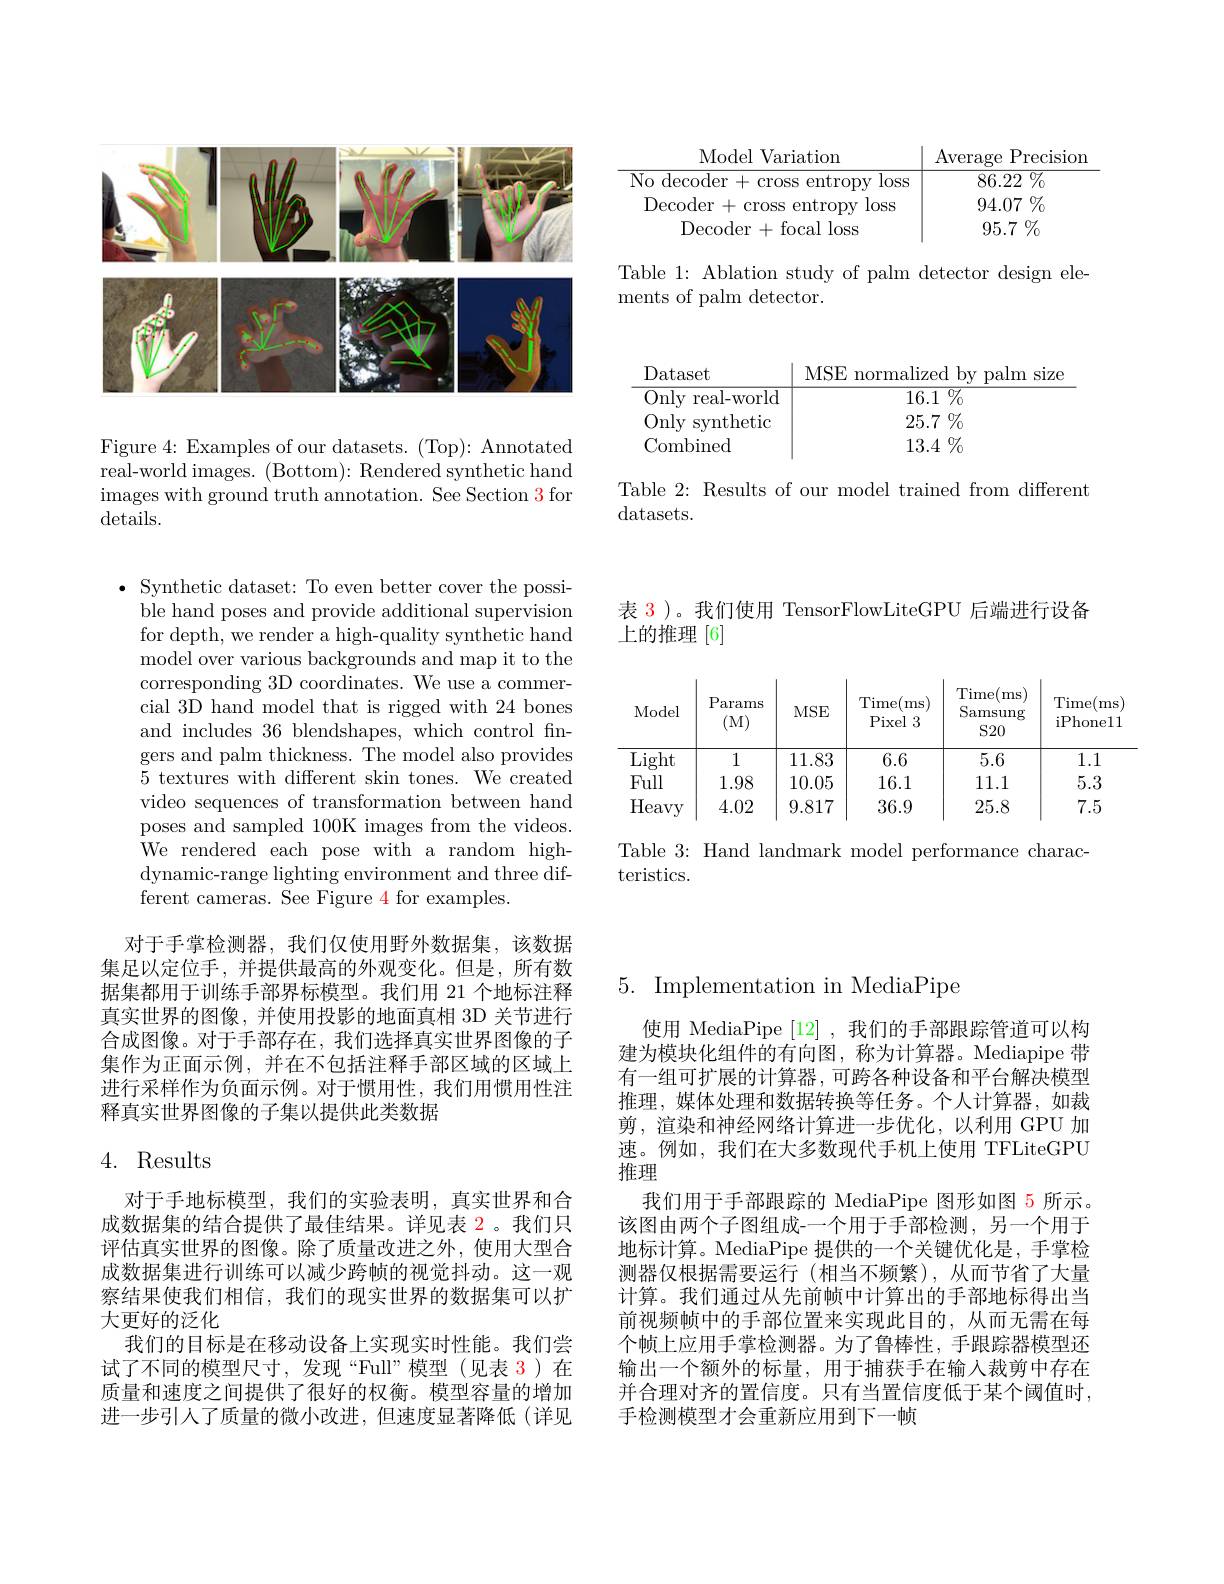
Model Variation
Average Precision
$\frac{\text{No decoder + cross entropy loss}}{\text{No decoder + cross entropy losss}}$
${\overline{86.22\:\%}}$ $94.07\%$
Decoder +cross entropy loss
$95.7\%$
${\mathrm{Decoder}}+{\mathrm{focal}}{\mathrm{~loss}}$

Table 1: Ablation study of palm detector design ele-
ments of palm detector.

<table>
	<tbody>
		<tr>
			<th>Dataset</th>
			<th>MSE E normalized by palm size</th>
		</tr>
		<tr>
			<td>Only real-world</td>
			<td>$\overline{16.1\%}$</td>
		</tr>
		<tr>
			<td>Only svnthetic</td>
			<td>25.7 $\%$</td>
		</tr>
		<tr>
			<td>Combined</td>
			<td>13.4 $\%$</td>
		</tr>
	</tbody>
</table>

Table 2: Results of our model trained from different
datasets.

<FigureHere>

Figure 4: Examples of our datasets. (Top): Annotated real-world images. (Bottom): Rendered synthetic hand images with ground truth annotation. See Section 3 for details.

$\bullet$ Synthetic dataset: To even better cover the possi-
ble hand poses and provide additional supervision for depth, we render a highmodel over various backgroun corresponding 3D coordinates. We use a commercial 3D hand model that is r and includes 36 blendshapes, which control fingers and palm thickness. The model also provides 5 textures with different skin tones. We created video sequences of transformation between hand poses and sampled 100K images from the videos. We rendered each pose with a random highdynamic-range lighting environment and three $\bar{\mathrm{dif-}}$ ferent cameras. See Figure 4 for examples.

对于手掌检测器，我们仅使用野外数据集，该数据集足以定位手，并提供最高的外观变化。但是，所有数据集都用于训练手部界标模型。我们用 21 个地标注释真实世界的图像，并使用投影的地面真相 3D 关节进行合成图像。对于手部存在，我们选择真实世界图像的子集作为正面示例，并在不包括注释手部区域的区域上进行采样作为负面示例。对于惯用性，我们用惯用性注释真实世界图像的子集以提供此类数据

## 4. Results

对于手地标模型，我们的实验表明，真实世界和合成数据集的结合提供了最佳结果。详见表 2。我们只评估真实世界的图像。除了质量改进之外，使用大型合成数据集进行训练可以减少跨帧的视觉抖动。这一观察结果使我们相信，我们的现实世界的数据集可以扩大更好的泛化
我们的目标是在移动设备上实现实时性能。我们尝试了不同的模型尺寸，发现“Full”模型(见表 3)在质量和速度之间提供了很好的权衡。模型容量的增加进一步引人了质量的微小改进，但速度显著降低(详见

表 3 )。我们使用 TensorFlowLiteGPU 后端进行设备
上的推理 [6]

Table 3: Hand landmark model performance charac-
teristics.

5. Implementation in Media

使用 MediaPipe [12],我们的手部跟踪管道可以构建为模块化组件的有向图，称为计算器。Mediapipe 带有一组可扩展的计算器，可跨各种设备和平台解决模型推理，媒体处理和数据转换等任务。个人计算器，如裁剪，渲染和神经网络计算进一步优化，以利用 GPU 加速。例如，我们在大多数现代手机上使用 TFLiteGPU 推理
我们用于手部跟踪的 MediaPipe 图形如图 5 所示。该图由两个子图组成-一个用于手部检测，另一个用于地标计算。MediaPipe 提供的一个关键优化是，手掌检测器仅根据需要运行(相当不频繁),从而节省了大量计算。我们通过从先前帧中计算出的手部地标得出当前视频帧中的手部位置来实现此目的，从而无需在每个帧上应用手掌检测器。为了鲁棒性，手跟踪器模型还输出一个额外的标量，用于捕获手在输入裁剪中存在并合理对齐的置信度。只有当置信度低于某个阈值时， 手检测模型才会重新应用到下一帧